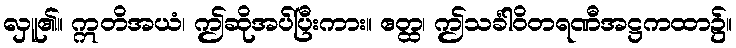
လှူ၏။ ဣတိအယံ၊ ဤဆိုအပ်ပြီးကား။ ဧတ္ထ၊ ဤသင်္ခါဝိတရဏီအဋ္ဌကထာ၌။